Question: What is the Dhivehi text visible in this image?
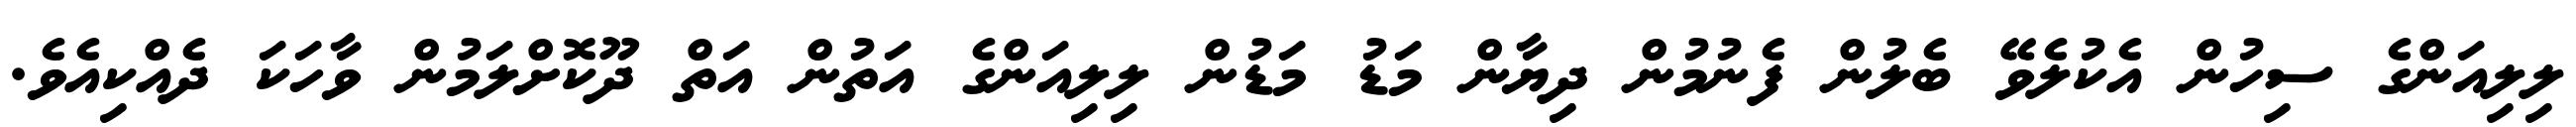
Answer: ލިލިއަންގެ ސިހުން އެކުލެވޭ ބެލުން ފެނުމުން ދިޔާން މަޑު މަޑުން ލިލިއަންގެ އަތުން އަތް ދޫކޮށްލަމުން ވާހަކަ ދެއްކިއެވެ.